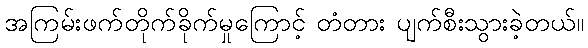
အကြမ်းဖက်တိုက်ခိုက်မှုကြောင့် တံတား ပျက်စီးသွားခဲ့တယ်။